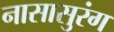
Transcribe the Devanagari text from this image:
नासासुरंग